King Institute of Preventive Medicine Bacteriolog. Section reports 1907-08
Year: 1907
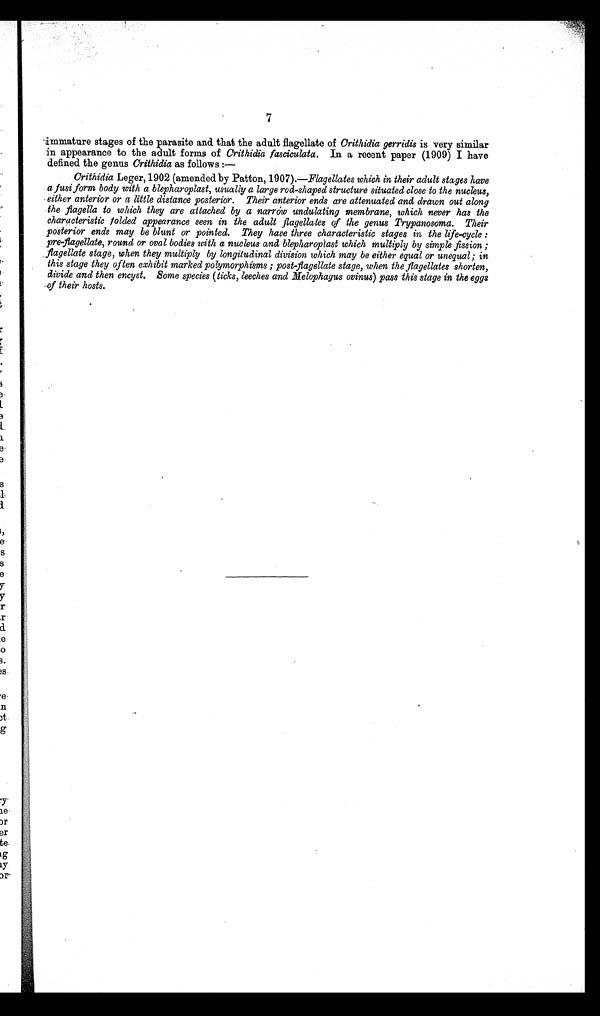
7
immature stages of the parasite and that the adult flagellate of Crithidia gerridis is very similar
in appearance to the adult forms of Crithidia fasciculata. In a recent paper (1909) I have
defined the genus Crithidia as follows :-
Crithidia Leger, 1902 (amended.by Patton, 1907).—Flagellates which in their adult stages have
a fusi form body with a blepharoplast, 'usually a large rod-shaped structure situated close to the nucleus,
•either anterior or a little distance posterior. Their anterior ends are attenuated and drawn out along
the flagella to which they are attached by a narrow undulating membrane, which never has the
characteristic bolded appearance seen in the adult flagellates of the genus Trypanosoma. Their
posterior ends may be blunt or pointed. They have three characteristic stages in the life-cycle
pre flagellate, round or oval bodies with a nucleus and blepharoplast which multiply by simple fission ;
•
_flagellate stage, when they multiply by longitudinal division which may be either equal or unequal; in
this stage they often exhibit marked polymorphisms ; post-flagellate stage, when the flagellates shorten,
divide and then encyst. Some species (ticks, leeches and .Melophagus ovinus) pass this stage in the eggs
of their hosts.